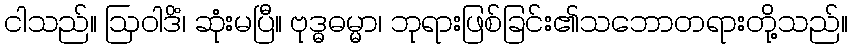
ငါသည်။ ဩဝါဒိံ၊ ဆုံးမပြီ။ ဗုဒ္ဓဓမ္မာ၊ ဘုရားဖြစ်ခြင်း၏သဘောတရားတို့သည်။